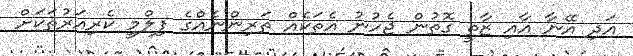
އަދި އޭނާ އާއި ޒާތީ ގޮތުން ޖެހުނު އެތަކެއް ތަރިންނެއްގެ ފިލްމީ ކެރިއަރުތަކަށް